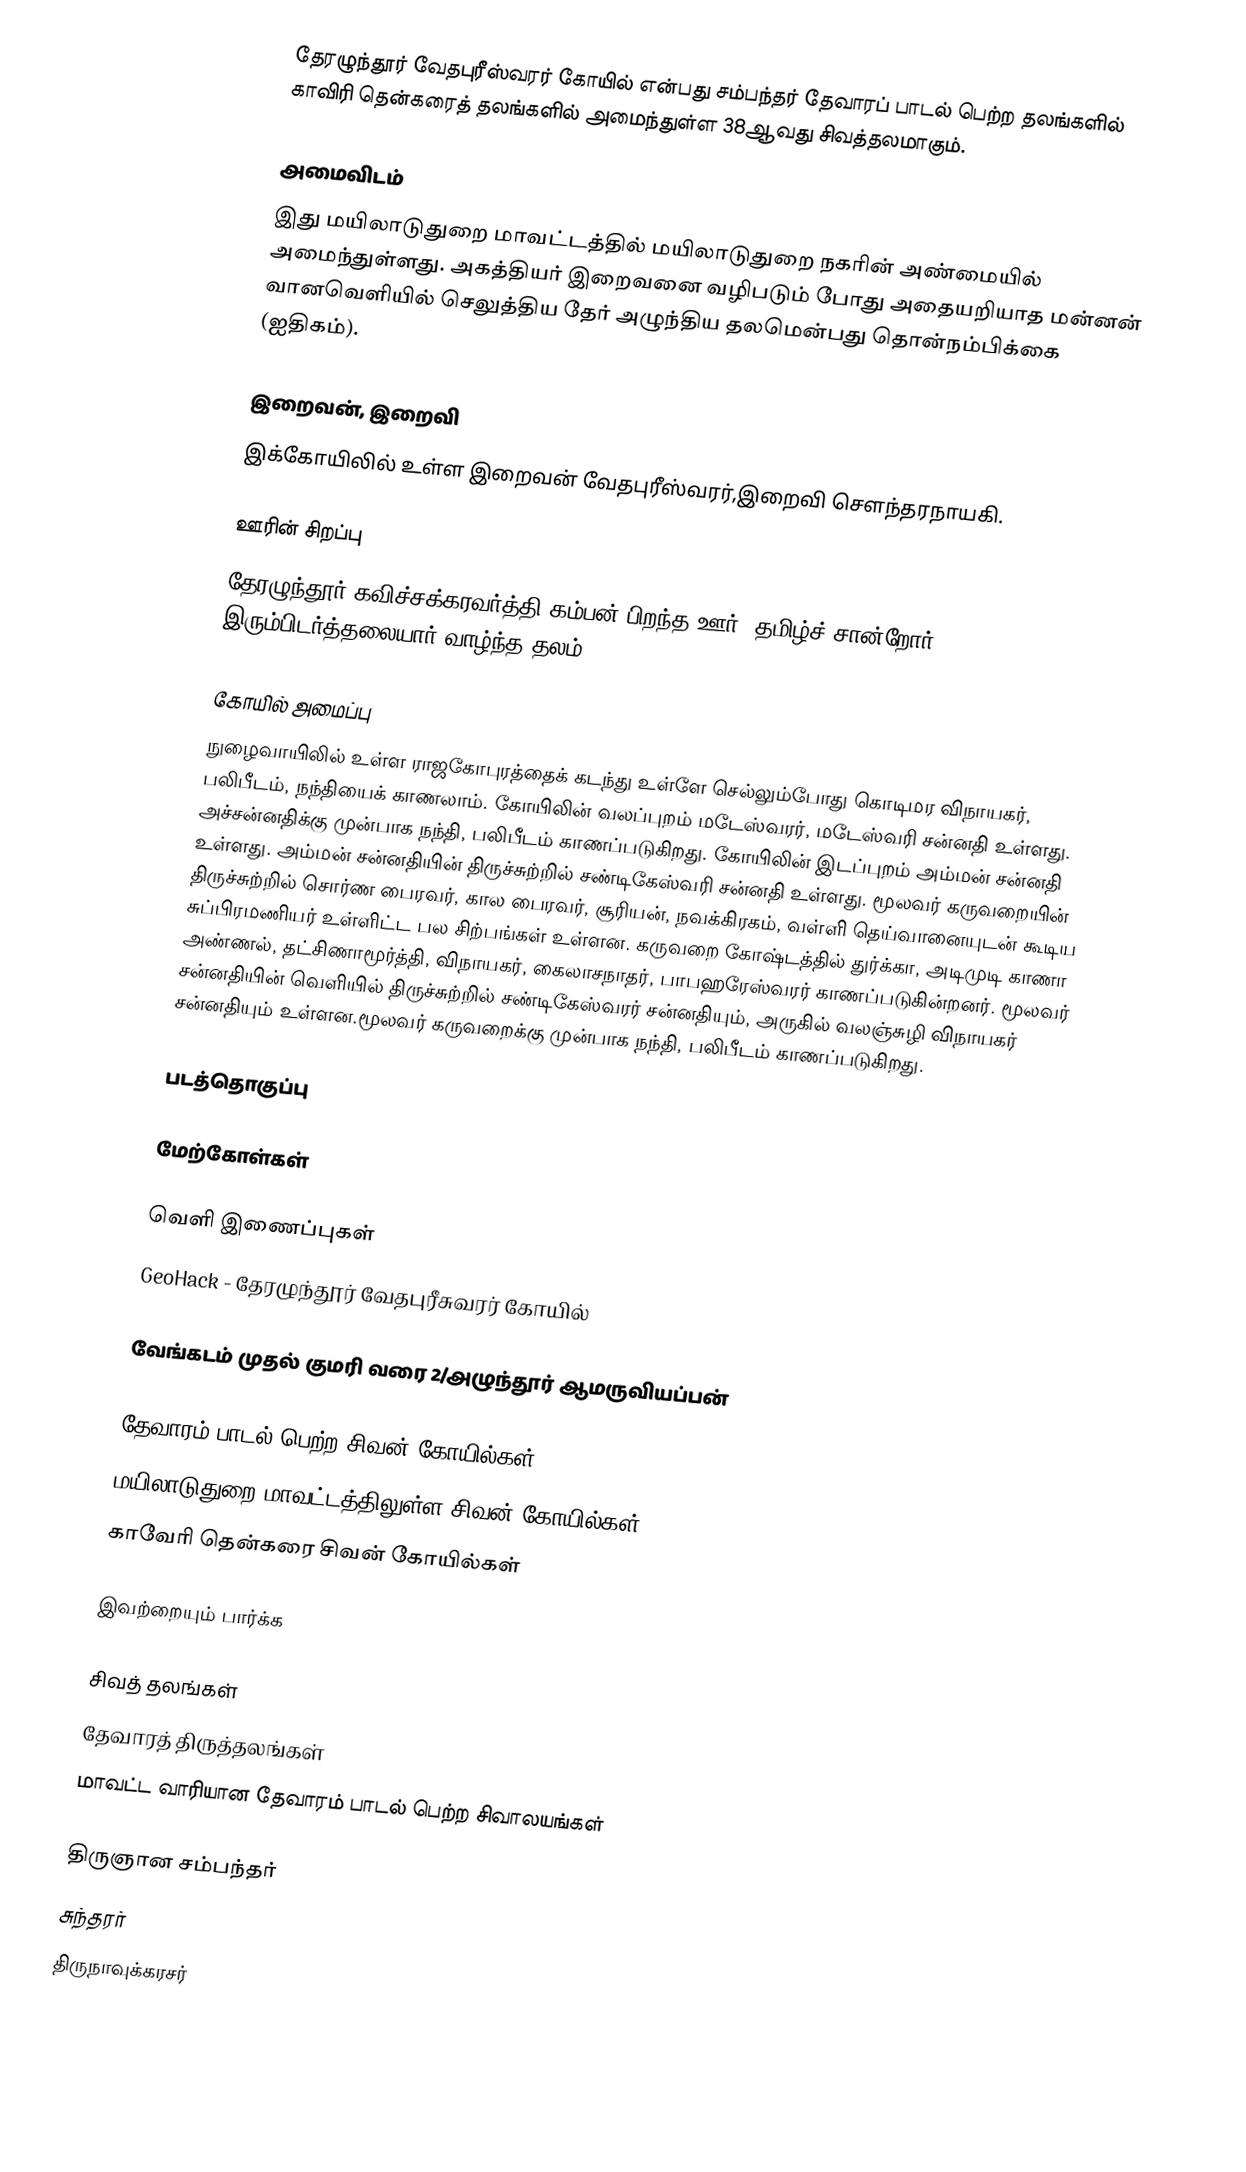
தேரழுந்தூர் வேதபுரீஸ்வரர் கோயில் என்பது சம்பந்தர் தேவாரப் பாடல் பெற்ற தலங்களில் காவிரி தென்கரைத் தலங்களில் அமைந்துள்ள 38ஆவது சிவத்தலமாகும்.

அமைவிடம்
இது மயிலாடுதுறை மாவட்டத்தில் மயிலாடுதுறை நகரின் அண்மையில் அமைந்துள்ளது. அகத்தியர் இறைவனை வழிபடும் போது அதையறியாத மன்னன் வானவெளியில் செலுத்திய தேர் அழுந்திய தலமென்பது தொன்நம்பிக்கை (ஐதிகம்).

இறைவன், இறைவி
இக்கோயிலில் உள்ள இறைவன் வேதபுரீஸ்வரர்,இறைவி சௌந்தரநாயகி.

ஊரின் சிறப்பு
தேரழுந்தூர் கவிச்சக்கரவர்த்தி கம்பன் பிறந்த ஊர். தமிழ்ச் சான்றோர் இரும்பிடர்த்தலையார் வாழ்ந்த தலம்.

கோயில் அமைப்பு
நுழைவாயிலில் உள்ள ராஜகோபுரத்தைக் கடந்து உள்ளே செல்லும்போது கொடிமர விநாயகர், பலிபீடம், நந்தியைக் காணலாம். கோயிலின் வலப்புறம் மடேஸ்வரர், மடேஸ்வரி சன்னதி உள்ளது. அச்சன்னதிக்கு முன்பாக நந்தி, பலிபீடம் காணப்படுகிறது. கோயிலின் இடப்புறம் அம்மன் சன்னதி உள்ளது. அம்மன் சன்னதியின் திருச்சுற்றில் சண்டிகேஸ்வரி சன்னதி உள்ளது. மூலவர் கருவறையின் திருச்சுற்றில் சொர்ண பைரவர், கால பைரவர், சூரியன், நவக்கிரகம், வள்ளி தெய்வானையுடன் கூடிய சுப்பிரமணியர் உள்ளிட்ட பல சிற்பங்கள் உள்ளன. கருவறை கோஷ்டத்தில் துர்க்கா, அடிமுடி காணா அண்ணல், தட்சிணாமூர்த்தி, விநாயகர், கைலாசநாதர், பாபஹரேஸ்வரர்  காணப்படுகின்றனர். மூலவர் சன்னதியின் வெளியில் திருச்சுற்றில் சண்டிகேஸ்வரர் சன்னதியும், அருகில் வலஞ்சுழி விநாயகர் சன்னதியும் உள்ளன.மூலவர் கருவறைக்கு முன்பாக நந்தி, பலிபீடம் காணப்படுகிறது.

படத்தொகுப்பு

மேற்கோள்கள்

வெளி இணைப்புகள்
 GeoHack - தேரழுந்தூர் வேதபுரீசுவரர் கோயில்

வேங்கடம் முதல் குமரி வரை 2/அழுந்தூர் ஆமருவியப்பன்

தேவாரம் பாடல் பெற்ற சிவன் கோயில்கள்
மயிலாடுதுறை மாவட்டத்திலுள்ள சிவன் கோயில்கள்
காவேரி தென்கரை சிவன் கோயில்கள்

இவற்றையும் பார்க்க

 சிவத் தலங்கள்
 தேவாரத் திருத்தலங்கள்
 மாவட்ட வாரியான தேவாரம் பாடல் பெற்ற சிவாலயங்கள்

 திருஞான சம்பந்தர்
 சுந்தரர்
 திருநாவுக்கரசர்